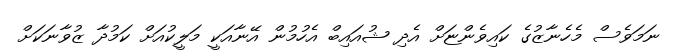
ނަމަވެސް މެހެނާޒުގެ ކައިވެންޏަށް އެދި ޝުއައިބް އެހުމުން އޭނާއަކީ މަލީކުއަށް ކަމުދާ ޒުވާނަކަށް